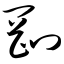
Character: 刚